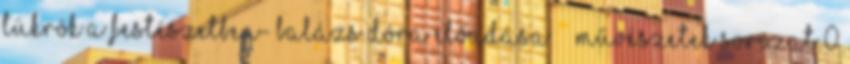
tükrök a festészetben- Balázs Dóra előadása Művészetek sorozat 0